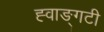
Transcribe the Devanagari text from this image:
ह्वाङ्‌गटी